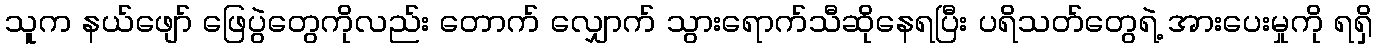
သူက နယ်ဖျော် ဖြေပွဲတွေကိုလည်း တောက် လျှောက် သွားရောက်သီဆိုနေရပြီး ပရိသတ်တွေရဲ့ အားပေးမှုကို ရရှိ